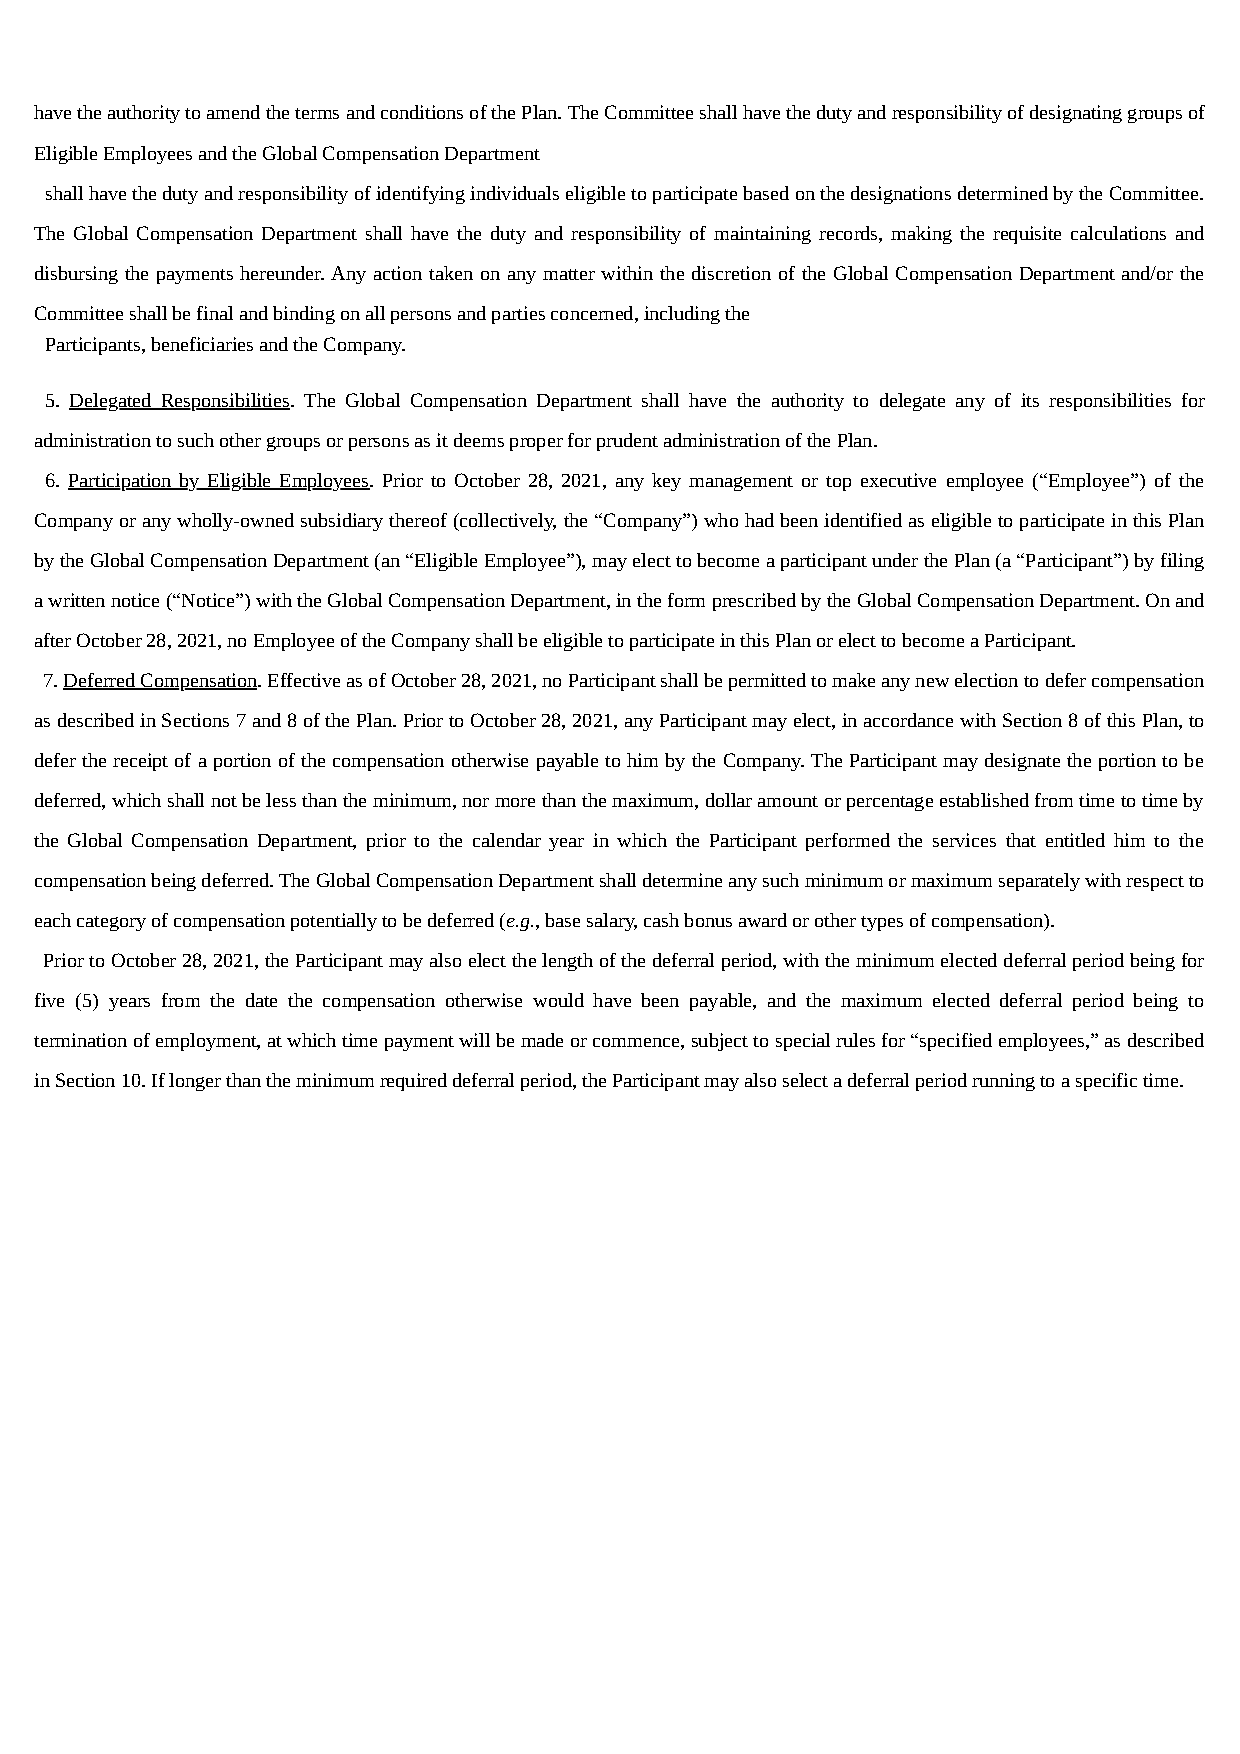
have the authority to amend the terms and conditions of the Plan. The Committee shall have the duty and responsibility of designating groups of
 Eligible Employees and the Global Compensation Department
 shall have the duty and responsibility of identifying individuals eligible to participate based on the designations determined by the Committee.
 The Global Compensation Department shall have the duty and responsibility of maintaining records, making the requisite calculations and
 disbursing the payments hereunder. Any action taken on any matter within the discretion of the Global Compensation Department and/or the
 Committee shall be final and binding on all persons and parties concerned, including the
 Participants, beneficiaries and the Company.
 5. Delegated Responsibilities. The Global Compensation Department shall have the authority to delegate any of its responsibilities for
 administration to such other groups or persons as it deems proper for prudent administration of the Plan.
 6. Participation by Eligible Employees. Prior to October 28, 2021, any key management or top executive employee (“Employee”) of the
 Company or any wholly-owned subsidiary thereof (collectively, the “Company”) who had been identified as eligible to participate in this Plan
 by the Global Compensation Department (an “Eligible Employee”), may elect to become a participant under the Plan (a “Participant”) by filing
 a written notice (“Notice”) with the Global Compensation Department, in the form prescribed by the Global Compensation Department. On and
 after October 28, 2021, no Employee of the Company shall be eligible to participate in this Plan or elect to become a Participant.
 7. Deferred Compensation. Effective as of October 28, 2021, no Participant shall be permitted to make any new election to defer compensation
 as described in Sections 7 and 8 of the Plan. Prior to October 28, 2021, any Participant may elect, in accordance with Section 8 of this Plan, to
 defer the receipt of a portion of the compensation otherwise payable to him by the Company. The Participant may designate the portion to be
 deferred, which shall not be less than the minimum, nor more than the maximum, dollar amount or percentage established from time to time by
 the Global Compensation Department, prior to the calendar year in which the Participant performed the services that entitled him to the
 compensation being deferred. The Global Compensation Department shall determine any such minimum or maximum separately with respect to
 each category of compensation potentially to be deferred (e.g., base salary, cash bonus award or other types of compensation).
 Prior to October 28, 2021, the Participant may also elect the length of the deferral period, with the minimum elected deferral period being for
 five (5) years from the date the compensation otherwise would have been payable, and the maximum elected deferral period being to
 termination of employment, at which time payment will be made or commence, subject to special rules for “specified employees,” as described
 in Section 10. If longer than the minimum required deferral period, the Participant may also select a deferral period running to a specific time.